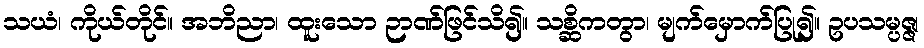
သယံ၊ ကိုယ်တိုင်။ အဘိညာ၊ ထူးသော ဉာဏ်ဖြင်သိ၍။ သစ္ဆိကတွာ၊ မျက်မှောက်ပြု၍။ ဥပသမ္ပဇ္ဇ၊